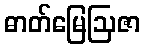
ဓာတ်မြေဩဇာ